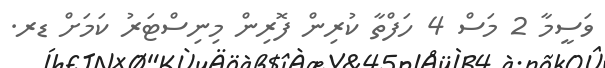
ވަސީމާ 2 މަސް 4 ހަފްތާ ކުރިން ފޮރިން މިނިސްޓަރު ކަމަށް ޑރ.